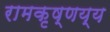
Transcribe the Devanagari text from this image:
रामकृष्णय्य